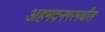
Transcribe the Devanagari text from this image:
अहमदनगरमधील